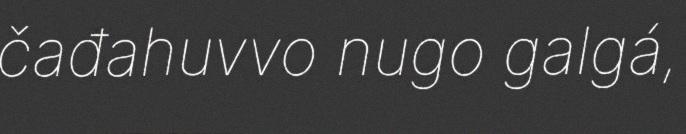
čađahuvvo nugo galgá,